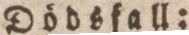
Dödsfall: